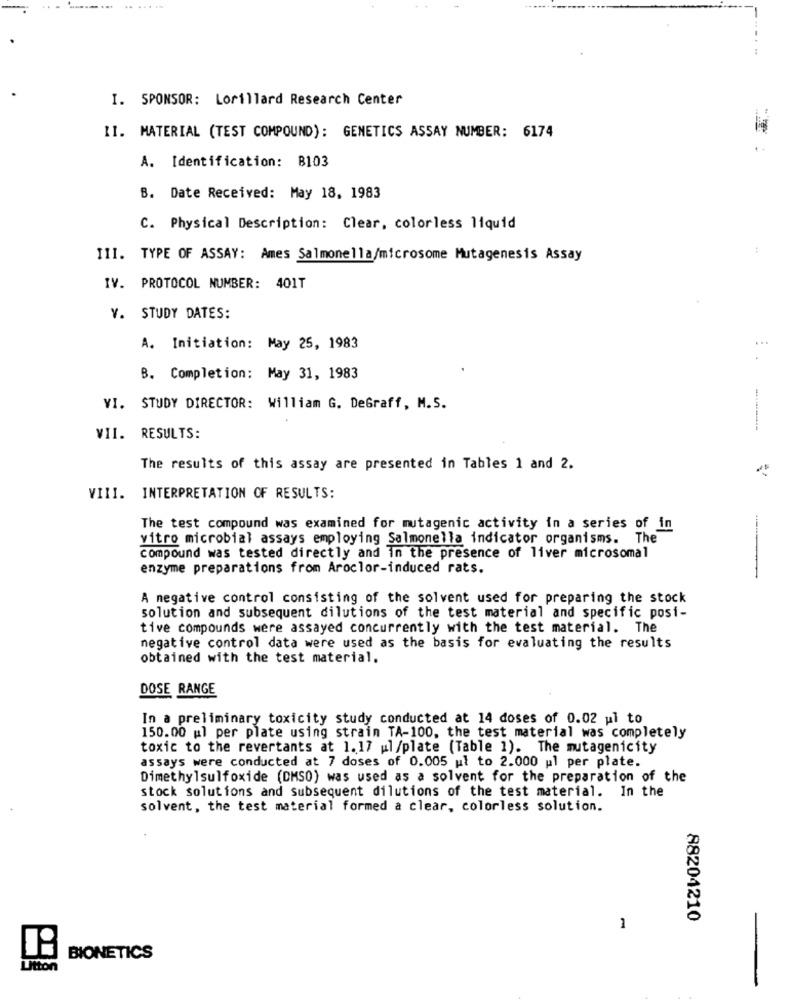
....
I. SPONSOR: Lorillard Research Center
II. MATERIAL (TEST COMPOUND): GENETICS ASSAY NUMBER: 6174
A. Identification: B103
B. Date Received: May 18, 1983
C. Physical Description: Clear, colorless liquid
:
III. TYPE OF ASSAY: Ames Salmonella/microsome Mutagenesis Assay
IV. PROTOCOL NUMBER: 401T
V. STUDY DATES:
A. Initiation: May 25, 1983
B. Completion: May 31, 1983
VI. STUDY DIRECTOR: William G. DeGraff, M.S.
VII. RESULTS:
The results of this assay are presented in Tables 1 and 2.
VIII. INTERPRETATION OF RESULTS:
The test compound was examined for mutagenic activity in a series of in
vitro microbial assays employing Salmonella indicator organisms. The
compound was tested directly and in the presence of liver microsomal
enzyme preparations from Aroclor-induced rats.
A negative control consisting of the solvent used for preparing the stock
solution and subsequent dilutions of the test material and specific posi-
tive compounds were assayed concurrently with the test material. The
negative control data were used as the basis for evaluating the results
obtained with the test material.
DOSE RANGE
In a preliminary toxicity study conducted at 14 doses of 0.02 ul to
150.00 ul per plate using strain TA-100, the test material was completely
toxic to the revertants at 1.17 ul/plate (Table 1). The mutagenicity
assays were conducted at 7 doses of 0.005 ul to 2.000 pl per plate.
Dimethylsulfoxide (DMSO) was used as a solvent for the preparation of the
stock solutions and subsequent dilutions of the test material. In the
solvent, the test material formed a clear, colorless solution.
88204210
1
BIONETICS
Utton